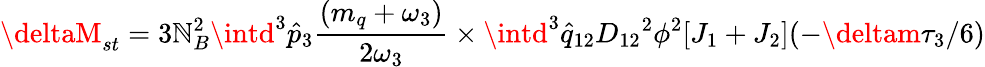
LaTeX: \deltaM_{st}=3\mathbb{N}_{B}^{2}\intd^{3}{\hat{{p}}}_{3}{\frac{{(m_{q}+\omega_{3})}}{{2\omega_{3}}}}\times\intd^{3}{\hat{{q}}}_{12}{D_{12}}^{2}\phi^{2}[J_{1}+J_{2}](-\deltam\tau_{3}/6)